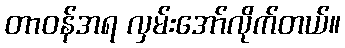
တာဝန်အရ လှမ်းအော်လိုက်တယ်။